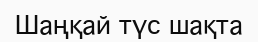
Шаңқай түс шақта